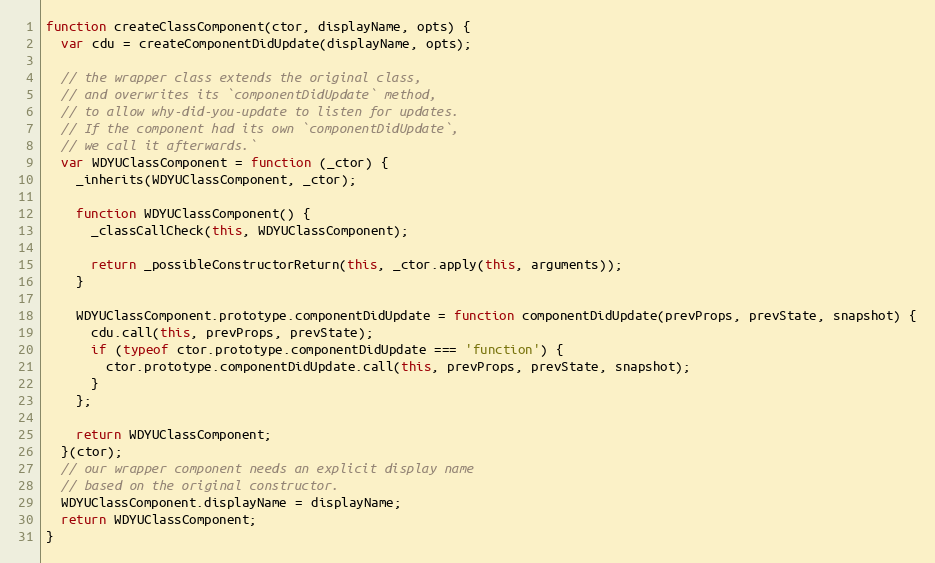
Language: JavaScript
function createClassComponent(ctor, displayName, opts) {
  var cdu = createComponentDidUpdate(displayName, opts);

  // the wrapper class extends the original class,
  // and overwrites its `componentDidUpdate` method,
  // to allow why-did-you-update to listen for updates.
  // If the component had its own `componentDidUpdate`,
  // we call it afterwards.`
  var WDYUClassComponent = function (_ctor) {
    _inherits(WDYUClassComponent, _ctor);

    function WDYUClassComponent() {
      _classCallCheck(this, WDYUClassComponent);

      return _possibleConstructorReturn(this, _ctor.apply(this, arguments));
    }

    WDYUClassComponent.prototype.componentDidUpdate = function componentDidUpdate(prevProps, prevState, snapshot) {
      cdu.call(this, prevProps, prevState);
      if (typeof ctor.prototype.componentDidUpdate === 'function') {
        ctor.prototype.componentDidUpdate.call(this, prevProps, prevState, snapshot);
      }
    };

    return WDYUClassComponent;
  }(ctor);
  // our wrapper component needs an explicit display name
  // based on the original constructor.
  WDYUClassComponent.displayName = displayName;
  return WDYUClassComponent;
}